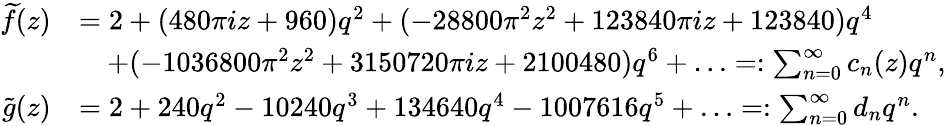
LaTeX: \begin{array}{rl}{\widetilde{f}(z)}&{=2+(480\pi iz+960)q^{2}+(-28800\pi^{2}z^{2}+123840\pi iz+123840)q^{4}}\\ &{\quad+(-1036800\pi^{2}z^{2}+3150720\pi iz+2100480)q^{6}+\ldots=:\sum_{n=0}^{\infty}c_{n}(z)q^{n},}\\ {\widetilde{g}(z)}&{=2+240q^{2}-10240q^{3}+134640q^{4}-1007616q^{5}+\ldots=:\sum_{n=0}^{\infty}d_{n}q^{n}.}\end{array}